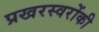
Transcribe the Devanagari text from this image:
प्रखरस्वरोंकी